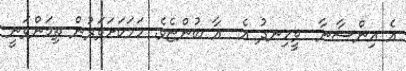
އެ އިންސާނާ  ވީހިނދު އެ  އާ ބުންޏެވެ. ހަމަކަށަވަރުން ތިމަންވަނީ